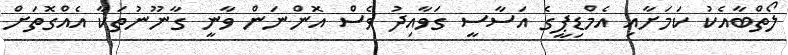
ލޯތްބާއެކު ކަމަށާއި އެމްޑިޕީގެ އަސާސީ ގަވާއިދު ވެސް އޮންނަން ވާނީ ގާނޫނުތަކާ އެއްގޮތަށް